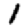
Digit: 1